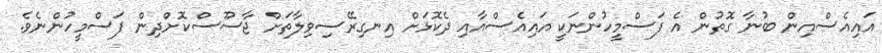
އައިއެސްއިން ބުނާ ގޮތުން އެ ފަސްމީހުންނަކީ އައިއެސްއާއި ދެކޮޅަށް އިނގިރޭސިވިލާތަށް ޖާސޫސްކޮށްދިން ފަސްމީހުންނެވެ.